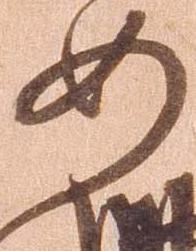
如